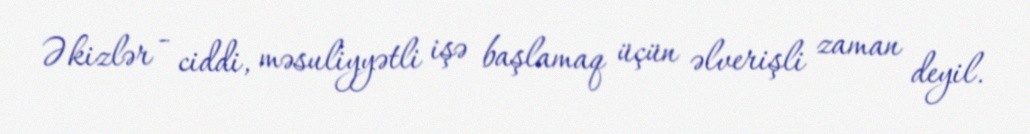
Əkizlər - ciddi, məsuliyyətli işə başlamaq üçün əlverişli zaman deyil.